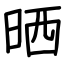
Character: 晒